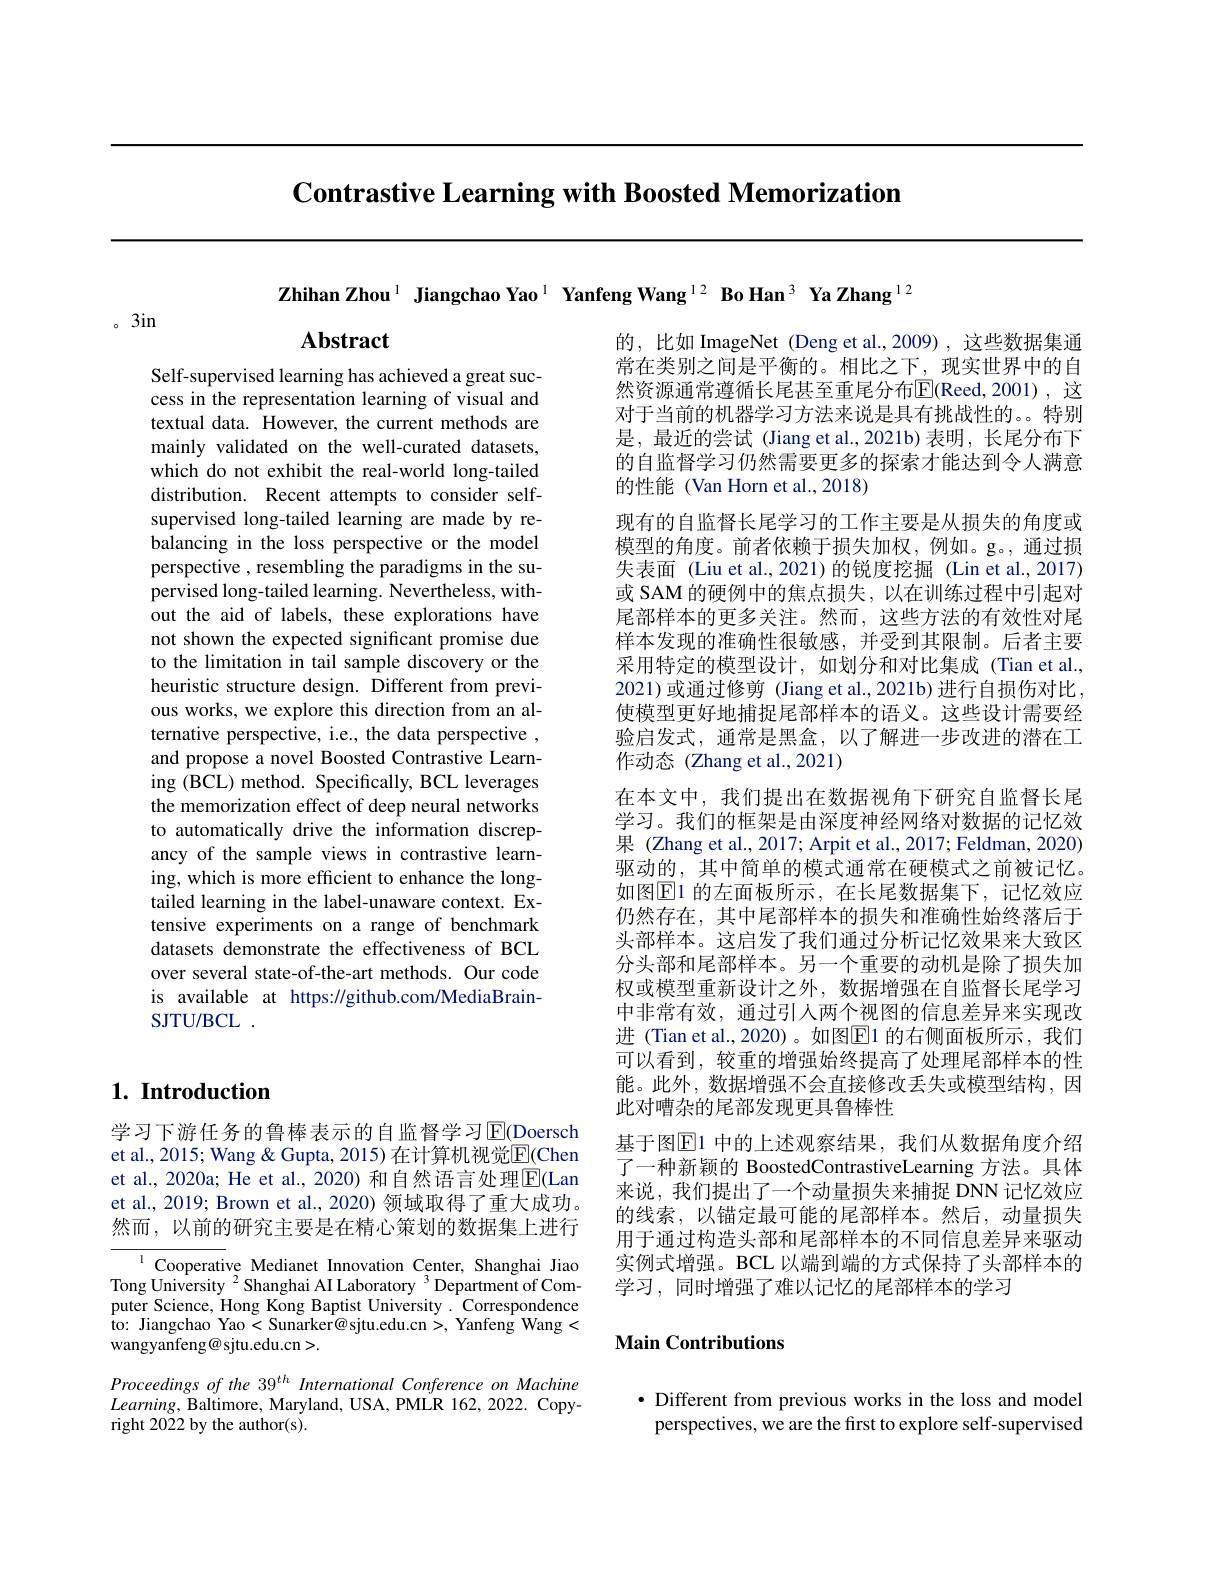
Contrastive Learning with Boosted Memorization

Zhihan Zhou$^{1}$ Jiangchao Yao$^{1}$ Yanfeng Wang$^{12}$ Bo Han$^{3}$ Ya Zhang$^{12}$

。3in

Abstract

Self-supervised learning has achieved a great success in the representation learning of visual and textual data. However, the current methods are mainly validated on the well-curated datasets, which do not exhibit the real-world long-tailed distribution. Recent attempts to consider selfsupervised long-tailed learning are made by rebalancing in the loss perspective or the model perspective , resembling the paradigms in the supervised long-tailed learning. Nevertheless, without the aid of labels, these explorations have not shown the expected significant promise due to the limitation in tail sample discovery or the heuristic structure design. Different from previous works, we explore this direction from an alternative perspective, i.e., the data perspective , and propose a novel Boosted Contrastive Learning (BCL) method. Specifically, BCL leverages the memorization effect of deep neural networks to automatically drive the information discrepancy of the sample views in contrastive learning, which is more efficient to enhance the longtailed learning in the label-unaware context. Extensive experiments on a range of benchmark datasets demonstrate the effectiveness of BCL over several state-of-the-art methods. Our code is available at https://github.com/MediaBrainSJTU/ BCL .

的，比如 ImageNet (Deng et al.,2009),这些数据集通常在类别之间是平衡的。相比之下，现实世界中的自然资源通常遵循长尾甚至重尾分布$\overline{\mathrm{E}}($Reed,2001),这对于当前的机器学习方法来说是具有挑战性的。。特别是，最近的尝试 (Jiang et al.,2021b) 表明，长尾分布下的自监督学习仍然需要更多的探索才能达到令人满意的性能(Van Horn et al.,2018)
现有的自监督长尾学习的工作主要是从损失的角度或模型的角度。前者依赖于损失加权，例如。g。,通过损失表面 (Liu et al.,2021)的锐度挖掘 (Lin et al.,2017) 或 SAM 的硬例中的焦点损失，以在训练过程中引起对尾部样本的更多关注。然而，这些方法的有效性对尾样本发现的准确性很敏感，并受到其限制。后者主要采用特定的模型设计，如划分和对比集成(Tian et al., 2021)或通过修剪 (Jiang et al.,2021b) 进行自损伤对比， 使模型更好地捕捉尾部样本的语义。这些设计需要经验启发式，通常是黑盒，以了解进一步改进的潜在工作动态(Zhang et al.,2021)
在本文中，我们提出在数据视角下研究自监督长尾学习。我们的框架是由深度神经网络对数据的记忆效果 (Zhang et al., 2017; Arpit et al., 2017; Feldman, 2020) 驱动的，其中简单的模式通常在硬模式之前被记忆。如图$\boxed{\mathrm{E}}1$ 的左面板所示，在长尾数据集下，记忆效应仍然存在，其中尾部样本的损失和准确性始终落后于头部样本。这启发了我们通过分析记忆效果来大致区分头部和尾部样本。另一个重要的动机是除了损失加权或模型重新设计之外，数据增强在自监督长尾学习中非常有效，通过引人两个视图的信息差异来实现改进 (Tian et al.,2020)。如图$\boxed{\mathrm{F}}1$ 的右侧面板所示，我们可以看到，较重的增强始终提高了处理尾部样本的性能。此外，数据增强不会直接修改丢失或模型结构，因此对嘈杂的尾部发现更具鲁棒性
基于图$\mathbb{E}$1 中的上述观察结果，我们从数据角度介绍了一种新颖的 BoostedContrastiveLearning 方法。具体来说，我们提出了一个动量损失来捕捉 DNN 记忆效应的线索，以锚定最可能的尾部样本。然后，动量损失用于通过构造头部和尾部样本的不同信息差异来驱动实例式增强。BCL 以端到端的方式保持了头部样本的学习，同时增强了难以记忆的尾部样本的学习

# 1. Introduction

学习下游任务的鲁棒表示的自监督学习$\operatorname{E}($Doersch et al., 2015; Wang & Gupta, 2015) 在计算机视觉$\overline{\mathrm{E}}($Chen et al., 2020a; He et al., 2020) 和自然语言处理$\overline{\mathrm{E}}($Lan et al., 2019; Brown et al., 2020) 领域取得了重大成功。然而，以前的研究主要是在精心策划的数据集上进行

${^{1}\text{Cooperative Medianet Innovation Center,Shanghai Jiao}}$ Tong University $^{2}$Shanghai AI Laboratory $^{3}$Department of Computer Science, Hong Kong Baptist University. Correspondence to: Jiangchao Yao<Sunarker@sjtu.edu.cn>,Yanfeng Wang< wangyanfeng@ sjtu.edu.cn>.
Proceedings of the 39$^{th}$ International Conference on Machine $Learning$, Baltimore, Maryland, USA, PMLR 162, 2022. Copyright 2022 by the author(s).

## $\mathbf{MainContributions}$

$\bullet$ Different from previous works in the loss and model perspectives, we are the first to explore self-supervised